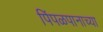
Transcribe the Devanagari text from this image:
पिंपळपानाच्या